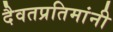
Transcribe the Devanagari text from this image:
दैवतप्रतिमांनी